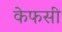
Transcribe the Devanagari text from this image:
केफसी